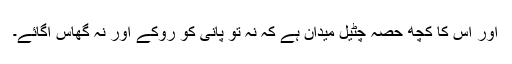
اور اس کا کچھ حصہ چٹیل میدان ہے کہ نہ تو پانی کو روکے اور نہ گھاس اگائے۔